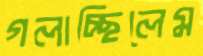
গলাচ্ছিলেম